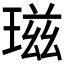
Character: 𤧹